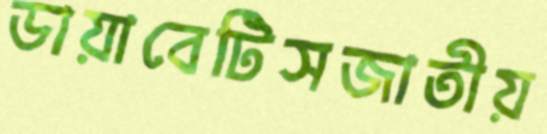
ডায়াবেটিসজাতীয়